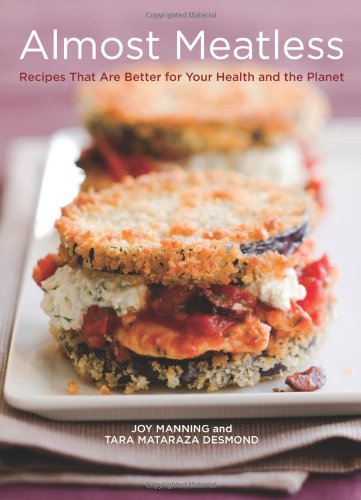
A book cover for Almost Meatless: Recipes That Are Better for Your Health and the Planet; Joy Manning; Health, Fitness & Dieting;